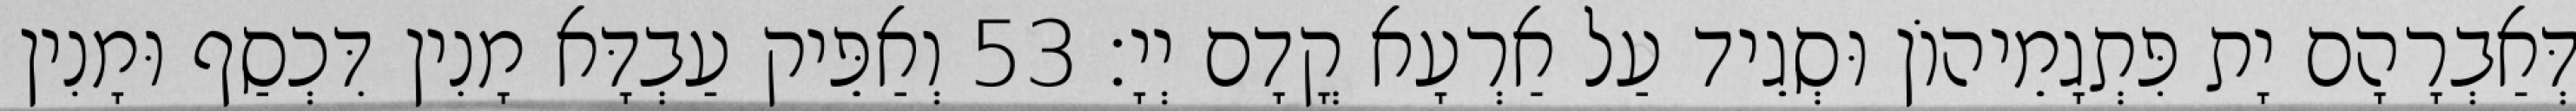
דְּאַבְרָהָם יָת פִּתְגָמֵיהוֹן וּסְגֵיד עַל אַרְעָא קֳדָם יְיָ׃ 53 וְאַפֵּיק עַבְדָּא מָנִין דִּכְסַף וּמָנִין